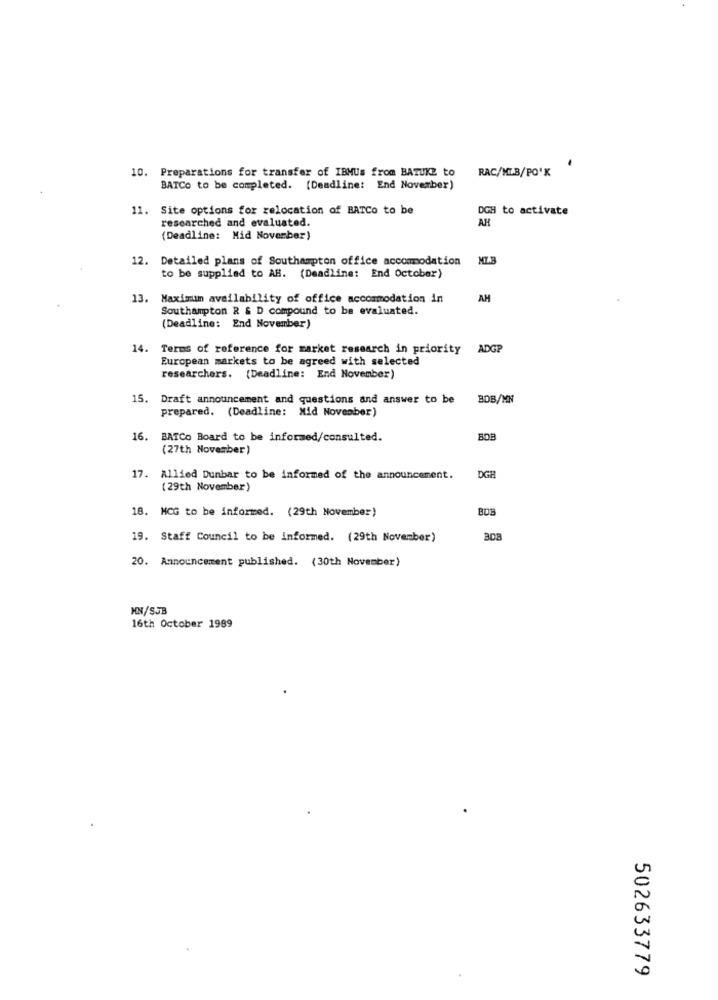
10. Preparations for transfer of IBMUs from BATUKE to RAC/MIB/PO'K
BATCo to be completed. [Deadline: End November)
11. Site options for relocation of BATCo to be
DGH to activate
researched and evaluated.
AH
(Deadline: Mid November)
12. Detailed plans of Southampton office accommodation
to be supplied to AB. (Deadline: End October)
13. Maximum availability of office accommodation in
AH
Southampton R & D compound to be evaluated.
(Deadline: End November)
14. Terms of reference for market research in priority ADGP
European markets to be agreed with selected
researchers. {Deadline: End November)
15.
Draft announcement and questions and answer to be BDB/NN
prepared. (Deadline: Mid November)
16. BATCo Board to be informed/consulted.
(27th November)
17. Allied Dunbar to be informed of the announcement.
DGH
(29th November)
18. MCG to be informed. (29th November)
BOB
19. Staff Council to be informed. (29th November)
20. Announcement published. (30th November)
HN/SJB
16th October 1989
502633779